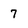
Character: 7